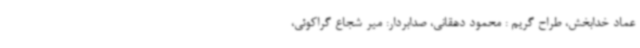
عماد خدابخش، طراح گریم : محمود دهقانی، صدابردار: میر شجاع گراکوئی،